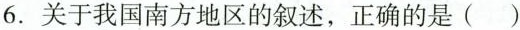
6.关于我国南方地区的叙述，正确的是()